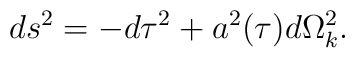
ds^2 = -d\tau ^2 + a^2 (\tau) d\Omega_k^2 .